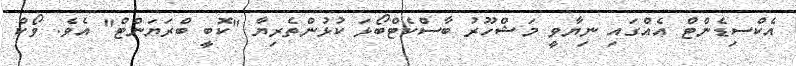
އެކްސިޑެންޓް އެއްގައި ނިޔާވީ މަޝްހޫރު ބާސްކެޓްބޯޅަ ކުޅުންތެރިޔާ "ކޮބީ ބްރަޔަންޓް" އެވެ. ވޯކް